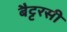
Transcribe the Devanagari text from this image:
बैट्टरसी